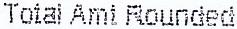
TOTAL AMT ROUNDED